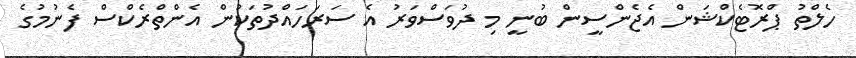
ހެލްތު ޕްރޮޓެކްޝަން އެޖެންސީން ބުނީ މި ދުވަސްވަރު އެ ސަރަހައްދުތަކުން އެންތްރެކްސް ފެނުމުގެ